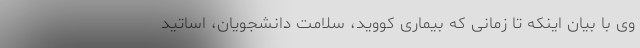
وی با بیان اینکه تا زمانی که بیماری کووید، سلامت دانشجویان، اساتید